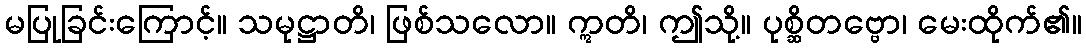
မပြုခြင်းကြောင့်။ သမုဋ္ဌာတိ၊ ဖြစ်သလော။ ဣတိ၊ ဤသို့။ ပုစ္ဆိတဗ္ဗော၊ မေးထိုက်၏။